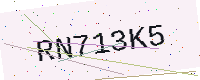
Text: RN713K5